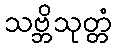
သဗ္ဘိသုတ္တံ